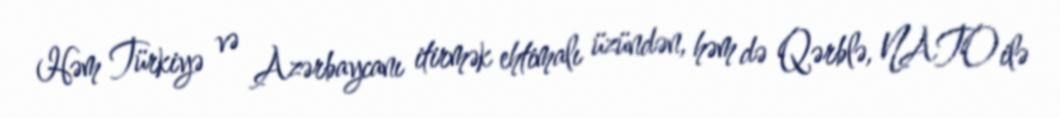
Həm Türkiyə və Azərbaycanı itirmək ehtimalı üzündən, həm də Qərblə, NATO ilə